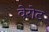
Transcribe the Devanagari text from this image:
वेरोट